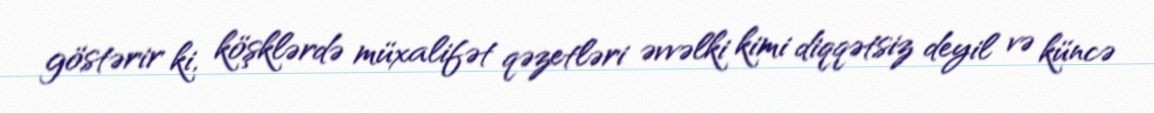
göstərir ki, köşklərdə müxalifət qəzetləri əvvəlki kimi diqqətsiz deyil və küncə